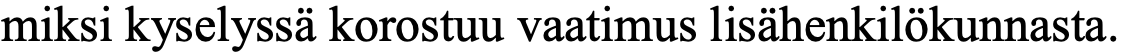
miksi kyselyssä korostuu vaatimus lisähenkilökunnasta.